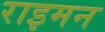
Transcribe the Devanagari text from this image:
राइमन